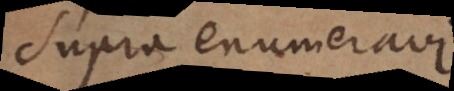
supra enumeravi